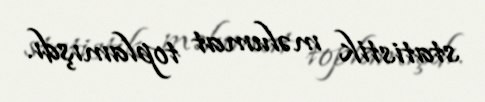
statistik məlumat toplamışdı.